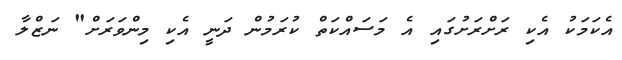
އެކަމަކު އެކި ރަށްރަށުގައި އެ މަސައްކަތް ކުރަމުން ދަނީ އެކި މިންވަރަށް" ނަޒްލާ